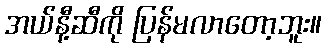
အယ်နီ့ဆီကို ပြန်မလာတော့ဘူး။